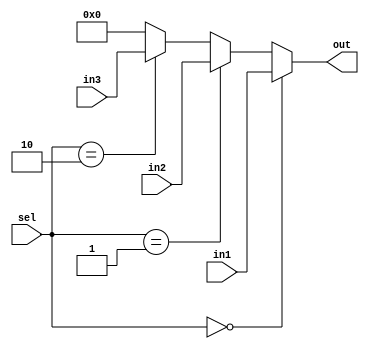
module mux3To1(input[31:0] in1, input[31:0] in2, input[31:0] in3, input[1:0] sel, output[31:0] out);
	reg[31:0] tempOut;
	assign out = tempOut;
	always @(sel or in1 or in2 or in3) begin
		if (sel == 2'b00)  tempOut = in1;
		else if (sel == 2'b01) tempOut = in2;
		else if (sel == 2'b10) tempOut = in3;
		else tempOut = 0;
	end
endmodule